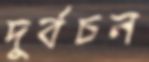
দুর্বচন